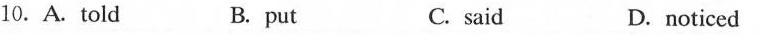
10.A.Told B. put C. said D.noticed